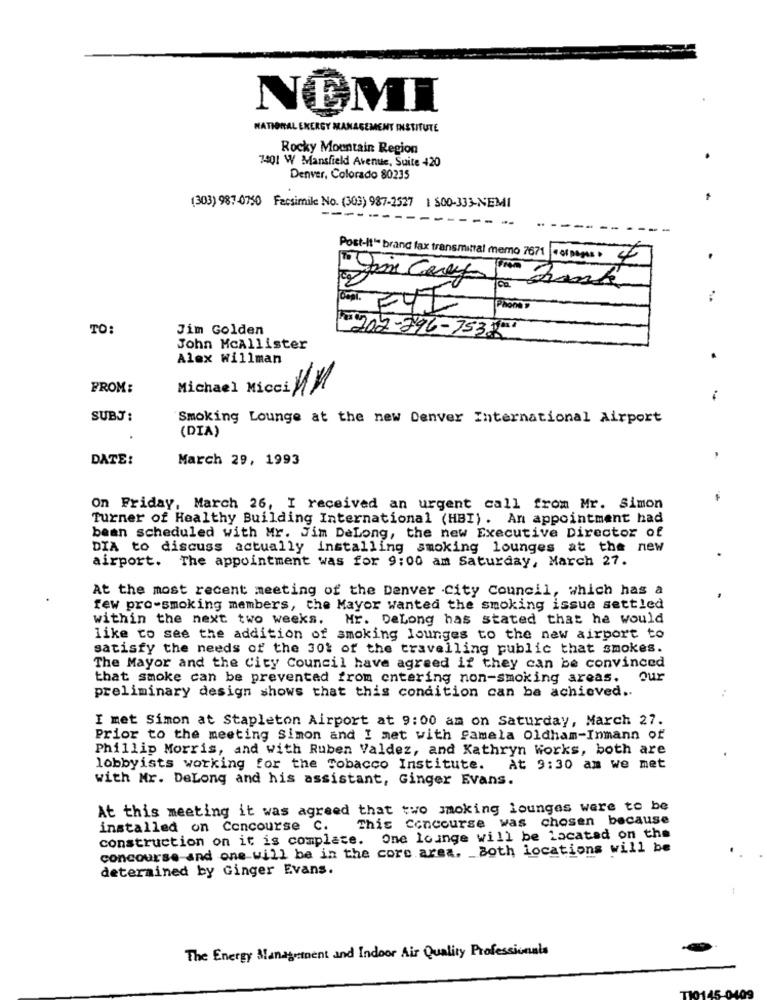
NEMI
NATIONAL ENERGY MANAGEMENT INSTITUTE
Rocky Mountain Region
7401 W Mansfield Avenue, Suite +20
Denver, Colorado 80235
(303) 987-0750 Facsimile No. (303) 987-2527 1 500-333-NEMI
-------
- -
-- -
und
Post-It" brand fax transmittal memo 7671 = 01 pages : 45
Phone
TO:
Jim Golden
1-202-296-7532.
John McAllister
Alex willman
FROM:
Michael Mices UM
SUBJ :
Smoking Lounge at the new Denver International Airport
(DIA)
DATE:
March 29, 1993
On Friday, March 26, I received an urgent call from Mr. Simon
Turner of Healthy Building International (HBI) . An appointment had
bean scheduled with Mr. Jim DeLong, the new Executive Director of
DIA to discuss actually installing smoking lounges at the new
airport. The appointment was for 9:00 am Saturday, March 27.
At the most recent meeting of the Denver City Council, which has a
few pro-smoking members, the Mayor wanted the smoking issue settled
within the next two weeks. Mr. DeLong has stated that he would
like to see the addition of smoking lounges to the new airport to
satisfy the needs of the 30% of the travelling public that smokes.
The Mayor and the City Council have agreed if they can be convinced
that smoke can be prevented from entering non-smoking areas. Our
preliminary design shows that this condition can be achieved ..
I met Simon at Stapleton Airport at 9:00 am on Saturday, March 27.
Prior to the meeting Simon and I met with famela oldham-Inmann of
Phillip Morris, and with Ruben Valdez, and Kathryn Works, both are
lobbyists working for the Tobacco Institute.
At 9:30 am we met
with Mr. DeLong and his assistant, Ginger Evans.
At this meeting it was agreed that two smoking lounges were to be
This Concourse was chosen because
installed on Concourse C.
construction on it is complace. One lounge will be located on the
concourse-and one will be in the core area. _ Both locations will be
determined by Ginger Evans.
The Energy Management and Indoor Air Quality Professionals